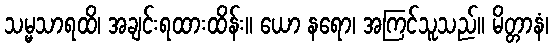
သမ္မသာရထိ၊ အချင်းရထားထိန်း။ ယော နရော၊ အကြင်သူသည်။ မိတ္တာနံ၊